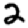
Digit: 2